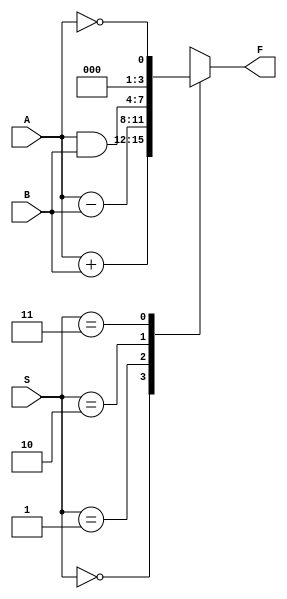

module ALU ( A, B, S, F);
input [1:0] S;
input [3:0] A, B;
output reg [3:0] F;
always @(S, A, B)
case (S)
2'b00: F = A + B;
2'b01: F = A - B;
2'b10: F = A & B;
2'b11: F = !A;
endcase

endmodule